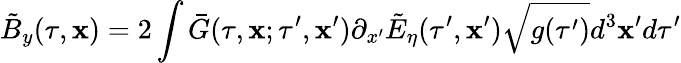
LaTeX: \tilde{B}_{y}(\tau,\mathbf{x})=2\int\bar{G}(\tau,\mathbf{x};\tau^{\prime},\mathbf{x}^{\prime})\partial_{x^{\prime}}\tilde{E}_{\eta}(\tau^{\prime},\mathbf{x}^{\prime})\sqrt{g(\tau^{\prime})}d^{3}\mathbf{x}^{\prime}d\tau^{\prime}